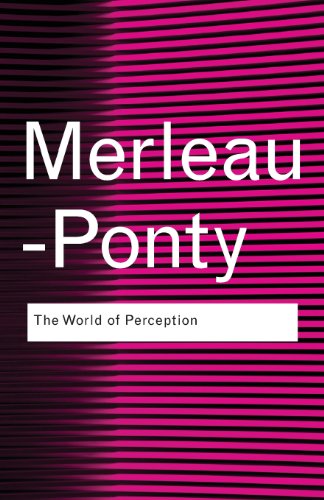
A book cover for The World of Perception; Maurice Merleau-Ponty; Politics & Social Sciences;